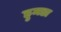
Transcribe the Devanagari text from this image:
हुमडा